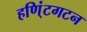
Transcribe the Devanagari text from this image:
हणि्ंटगटन